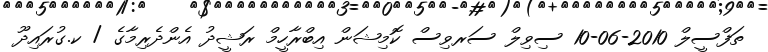
ތަފްސީލް 2010-06-10 ސިވިލް ސަރވިސް ކޮމިޝަން އިބްރާހީމް ރަޝީދު އެންދެރިމާގެ / ކ.ގުރައިދޫ